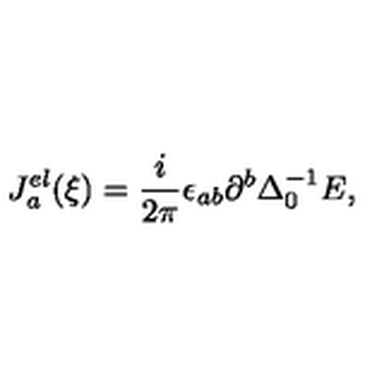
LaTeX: J _ { a } ^ { e l } ( \xi ) = \frac { i } { 2 \pi } \epsilon _ { a b } \partial ^ { b } \Delta _ { 0 } ^ { - 1 } E ,